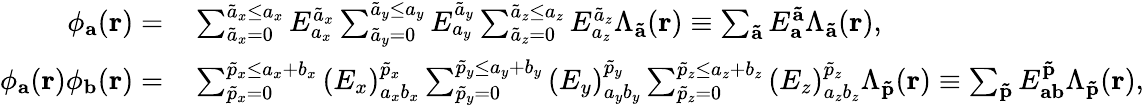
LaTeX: \begin{array}{rl}{\phi_{\mathbf{a}}({\mathbf r})=}&{{}\sum_{\tilde{a}_{x}=0}^{\tilde{a}_{x}\leq a_{x}}E_{a_{x}}^{\tilde{a}_{x}}\sum_{\tilde{a}_{y}=0}^{\tilde{a}_{y}\leq a_{y}}E_{a_{y}}^{\tilde{a}_{y}}\sum_{\tilde{a}_{z}=0}^{\tilde{a}_{z}\leq a_{z}}E_{a_{z}}^{\tilde{a}_{z}}\Lambda_{\mathbf{\tilde{a}}}(\mathbf{r})\equiv\sum_{\mathbf{\tilde{a}}}E_{\mathbf{a}}^{\mathbf{\tilde{a}}}\Lambda_{\mathbf{\tilde{a}}}(\mathbf{r}),}\\ {\phi_{\mathbf{a}}({\mathbf r})\phi_{\mathbf{b}}({\mathbf r})=}&{{}\sum_{\tilde{p}_{x}=0}^{\tilde{p}_{x}\leq a_{x}+b_{x}}\left(E_{x}\right)_{a_{x}b_{x}}^{\tilde{p}_{x}}\sum_{\tilde{p}_{y}=0}^{\tilde{p}_{y}\leq a_{y}+b_{y}}\left(E_{y}\right)_{a_{y}b_{y}}^{\tilde{p}_{y}}\sum_{\tilde{p}_{z}=0}^{\tilde{p}_{z}\leq a_{z}+b_{z}}\left(E_{z}\right)_{a_{z}b_{z}}^{\tilde{p}_{z}}\Lambda_{\mathbf{\tilde{p}}}(\mathbf{r})\equiv\sum_{\mathbf{\tilde{p}}}E_{\mathbf{a}\mathbf{b}}^{\mathbf{\tilde{p}}}\Lambda_{\mathbf{\tilde{p}}}(\mathbf{r}),}\end{array}